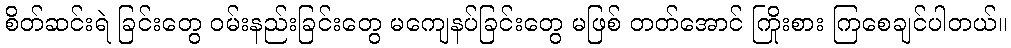
စိတ်ဆင်းရဲ ခြင်းတွေ ဝမ်းနည်းခြင်းတွေ မကျေနပ်ခြင်းတွေ မဖြစ် တတ်အောင် ကြိုးစား ကြစေချင်ပါတယ်။